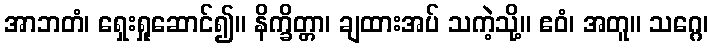
အာဘတံ၊ ရှေးရှုဆောင်၍။ နိက္ခိတ္တာ၊ ချထားအပ် သကဲ့သို့။ ဧဝံ၊ အတူ။ သဂ္ဂေ၊